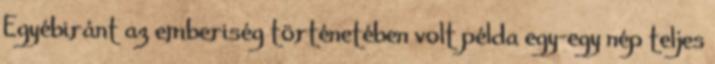
Egyébiránt az emberiség történetében volt példa egy-egy nép teljes